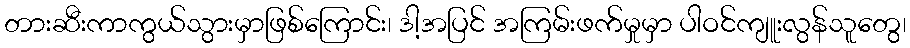
တားဆီးကာကွယ်သွားမှာဖြစ်ကြောင်း၊ ဒါ့အပြင် အကြမ်းဖက်မှုမှာ ပါဝင်ကျူးလွန်သူတွေ၊